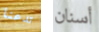
تدعنا أسنان